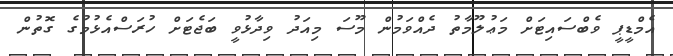
އެމްޑީޕީ ވެބްސައިޓަށް މަޢުލޫމާތު ދެއްވަމުން މޫސަ މިއަދު ވިދާޅުވީ ބަޖެޓަށް ހުރަސްއެޅުމުގެ ގޮތުން